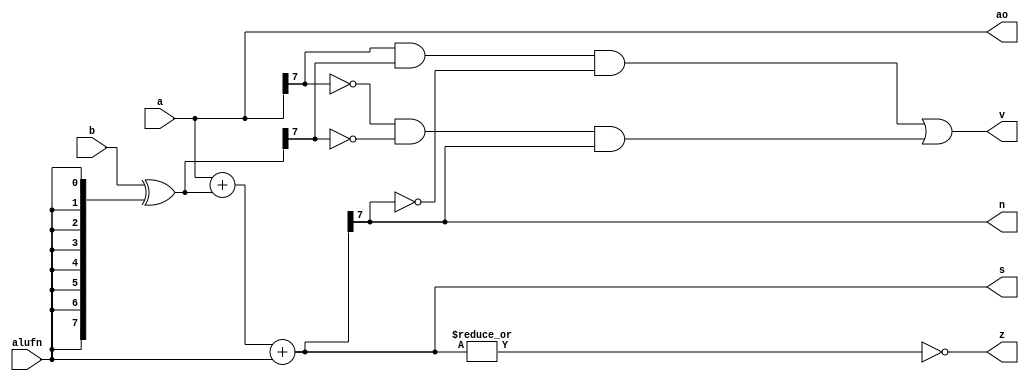
module adder8Bit_12 (
    input [7:0] a,
    input [7:0] b,
    input alufn,
    output reg z,
    output reg v,
    output reg n,
    output reg [7:0] s,
    output reg [7:0] ao
  );
  
  
  
  reg [7:0] xb;
  
  reg [7:0] sum;
  
  always @* begin
    ao = a;
    xb = b ^ {4'h8{alufn}};
    sum = a + xb + alufn;
    z = (~|sum);
    v = (a[7+0-:1] & xb[7+0-:1] & ~sum[7+0-:1]) | (~a[7+0-:1] & ~xb[7+0-:1] & sum[7+0-:1]);
    n = sum[7+0-:1];
    s = sum;
  end
endmodule